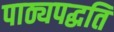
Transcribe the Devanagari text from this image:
पाठ्यपद्धति